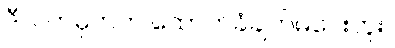
ဒီလက်မှတ်က ထောက်ခံချက်မပေးဘူး။